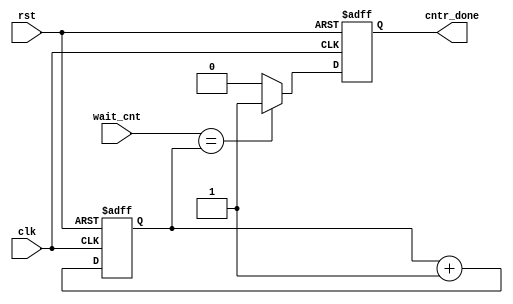
module tlc_dp (
    input clk , rst ,
    input [3:0] wait_cnt,
    output reg cntr_done 
);

reg [4:0] cntr;

always @(posedge clk or posedge rst) begin
    if (rst) begin
        cntr <= 0;
        cntr_done <= 0;
    end
    else begin
        cntr <= cntr + 1;

        if (wait_cnt==cntr) begin
            cntr_done <= 1;  
        end
        else begin
            cntr_done <= 0;
        end
    end
end

endmodule